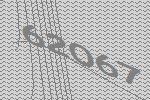
62067